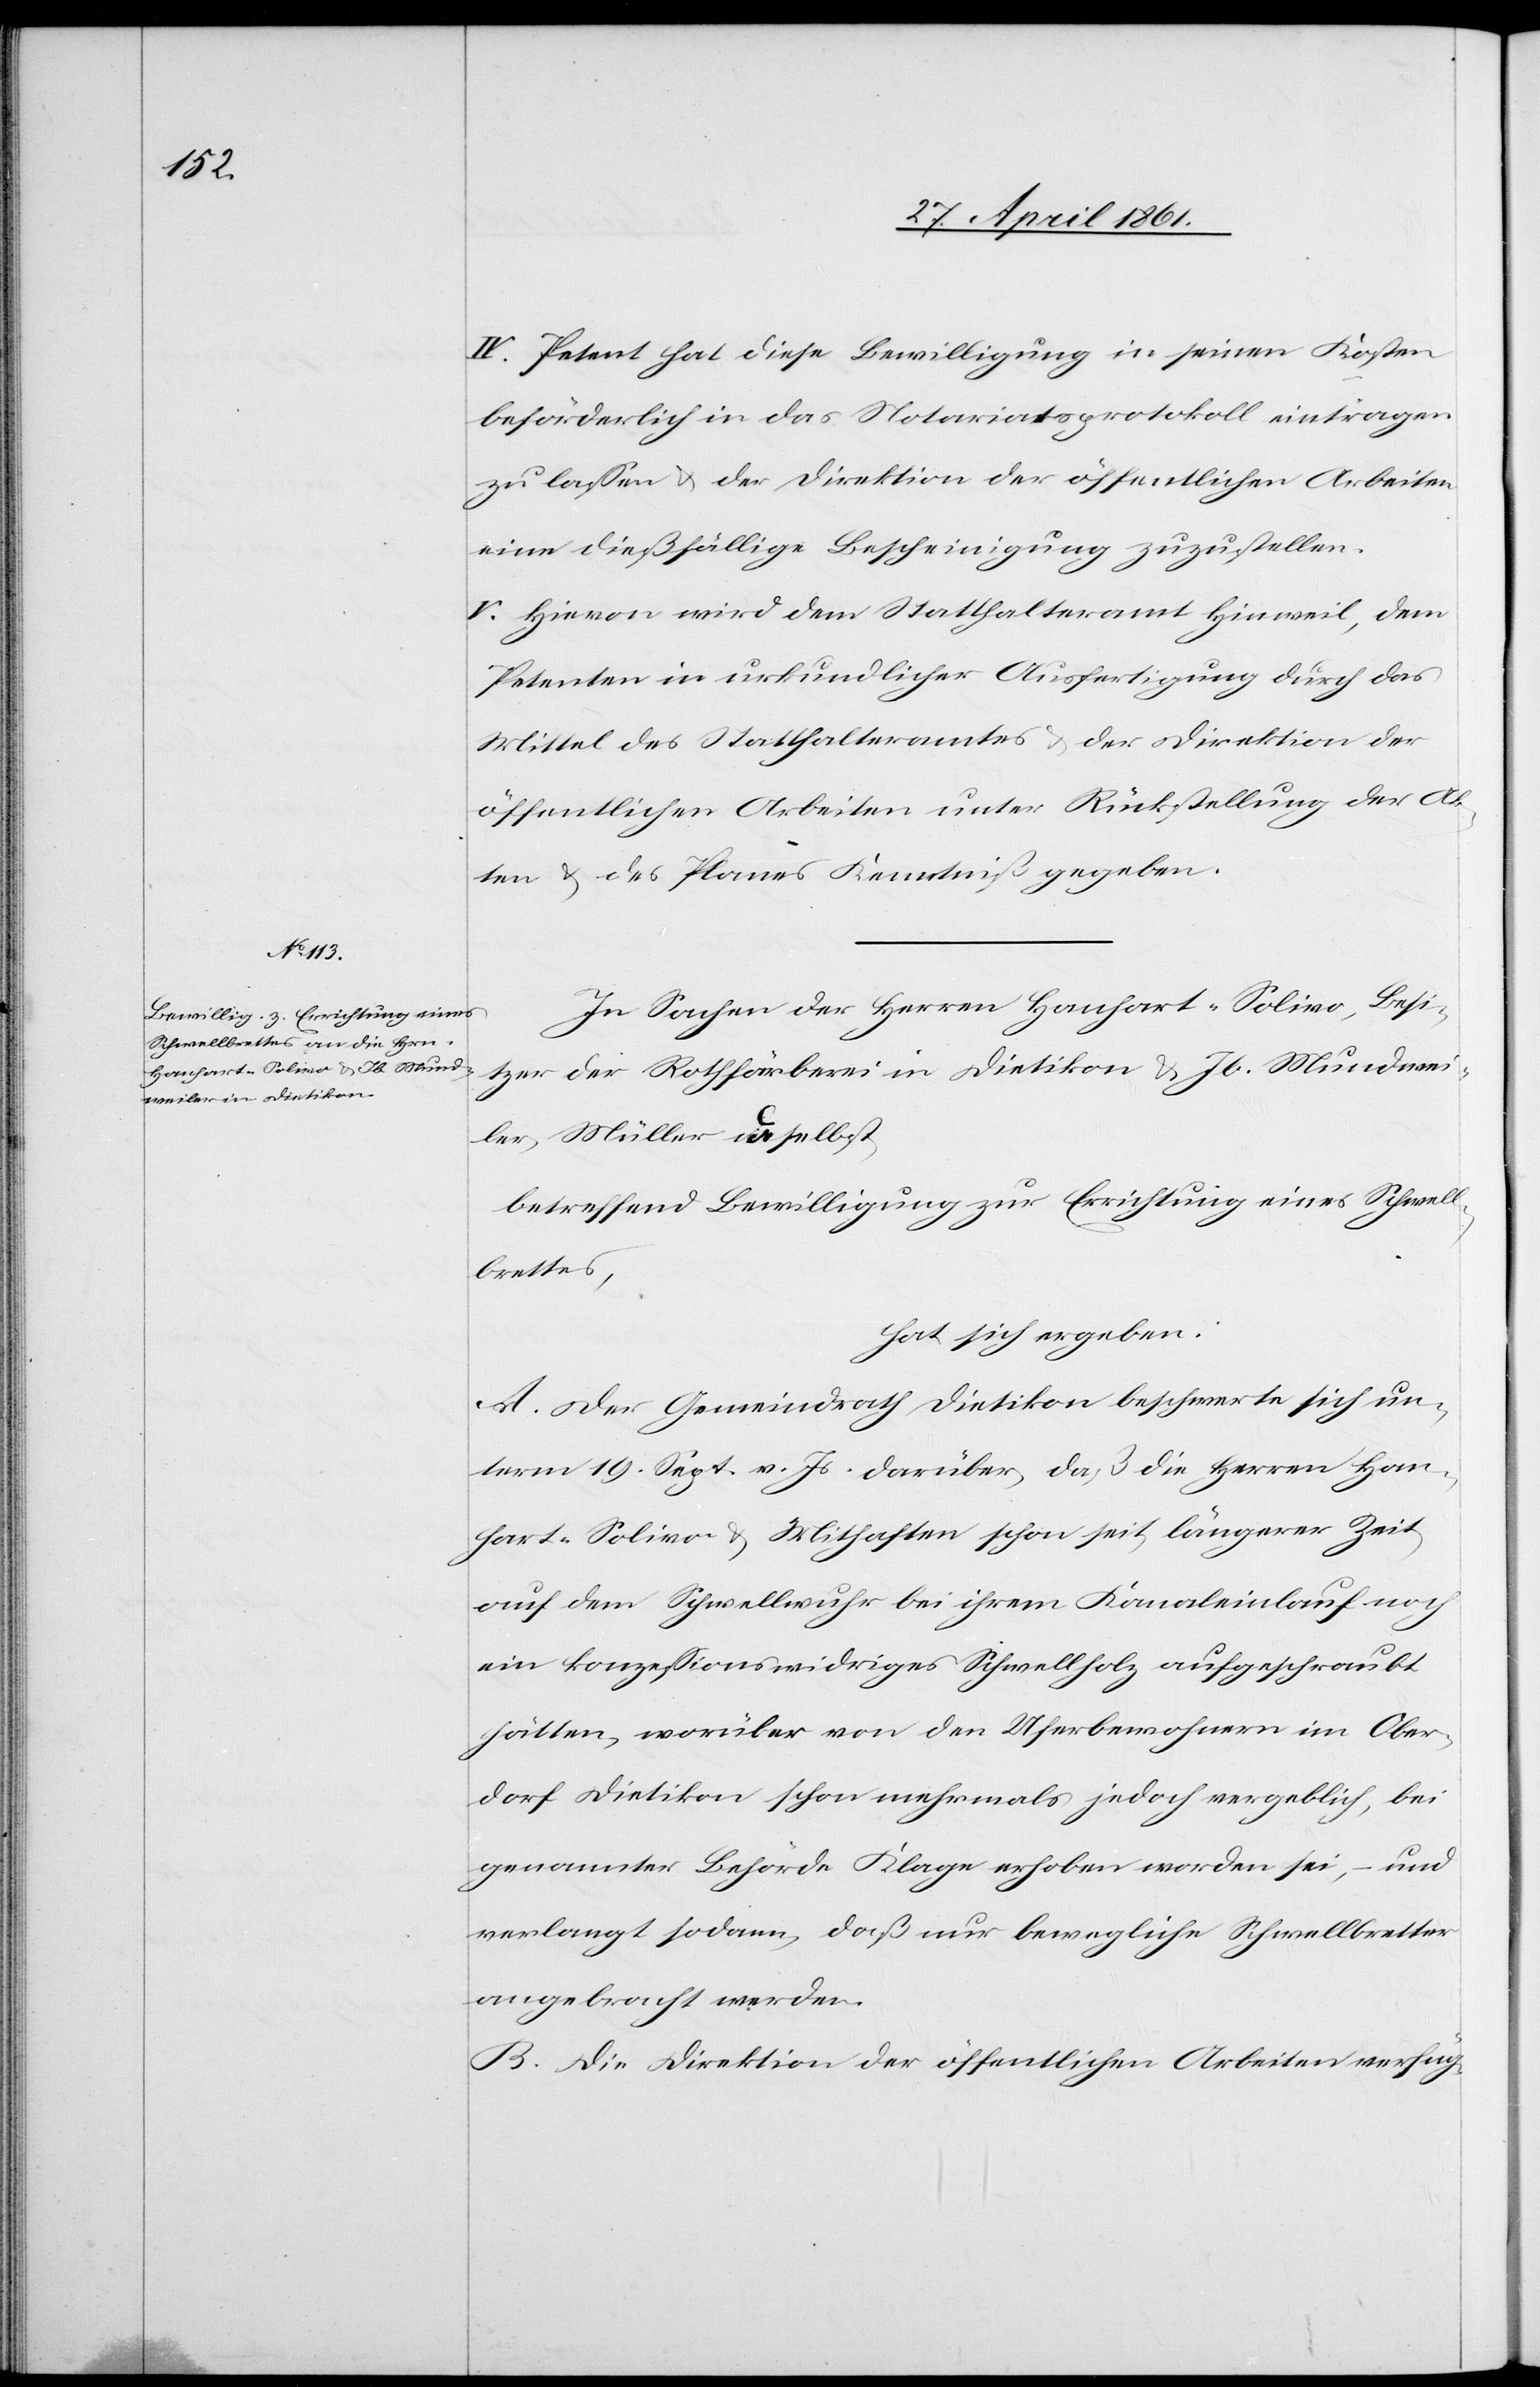
IV. Petent hat diese Bewilligung in seinen Kosten
beförderlich in das Notariatsprotokoll eintragen
zu lassen u. der Direktion der öffentlichen Arbeiten
eine dießfällige Bescheinigung zuzustellen.
V. Hievon wird dem Statthalteramt Hinweil, dem
Petenten in urkundlicher Ausfertigung durch das
Mittel des Statthalteramtes u. der Direktion der
öffentlichen Arbeiten unter Rückstellung der Ak¬
ten u. des Planes Kenntniß gegeben.
In Sachen der Herren Hanhart-Solivo, Besi¬
tzer der Rothfärberei in Dietikon u. Jb. Mundwei¬
ler, Müller daselbst,
hat sich ergeben:
A. Der Gemeindrath Dietikon beschwerte sich un¬
term 19. Sept. v. Js. darüber, daß die Herren Han¬
hart-Solivo u. Mithaften schon seit längerer Zeit
auf dem Schwellwuhr bei ihrem Kanaleinlauf noch
ein konzessionswidriges Schwellholz aufgeschraubt
hätten, worüber von den Uferbewohnern im Ober¬
dorf Dietikon schon mehrmals jedoch vergeblich, bei
genannter Behörde Klage erhoben worden sei, – und
verlangt sodann, daß nur bewegliche Schwellbretter
angebracht werden.
B. Die Direktion der öffentlichen Arbeiten verfüg-